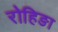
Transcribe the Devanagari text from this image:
रोहिङा